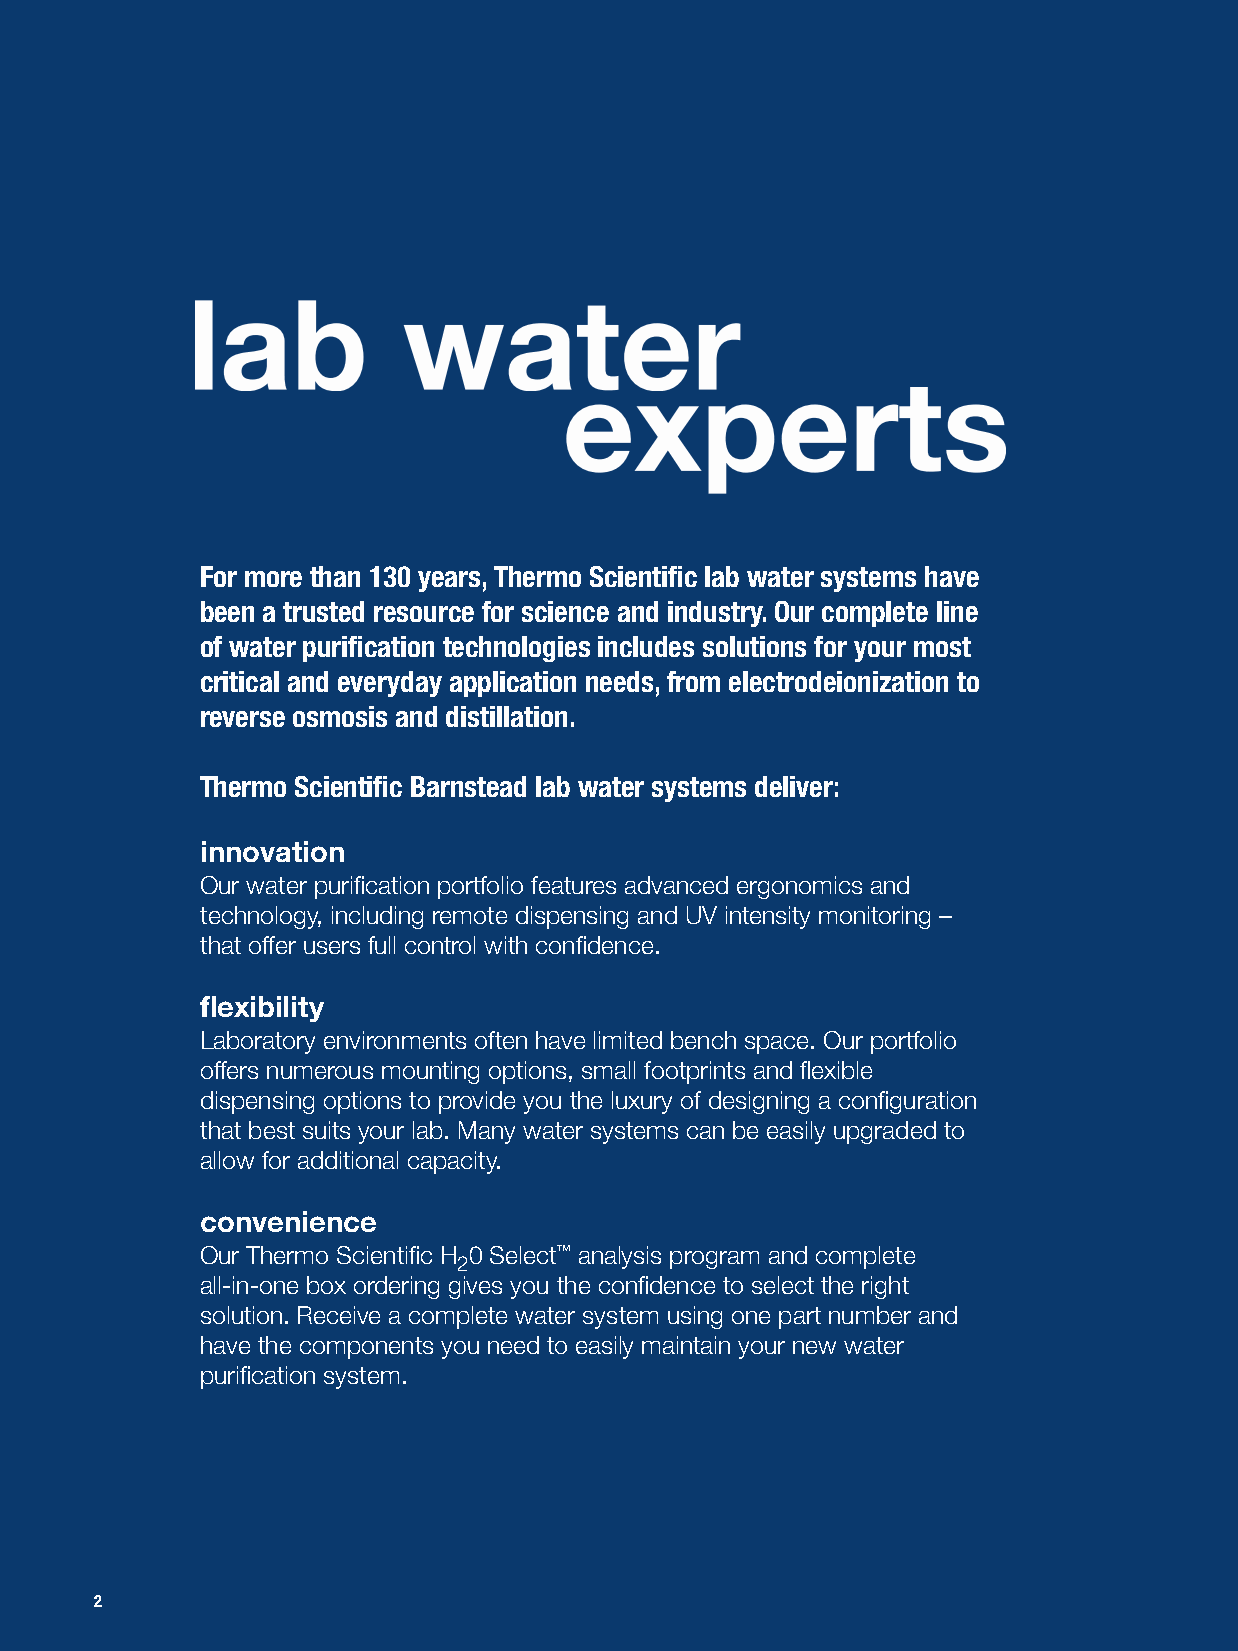
For more than 130 years, Thermo Scientific lab water systems have
 been a trusted resource for scien ce and industry. Our complete line
 of water purification technologies includes solutions for your most
 critical and everyday application needs, from electrodeionization to
 reverse osmosis and distillation.
 Thermo Scientific Barnstead lab water systems deliver:
 innovation
 Our water purification portfolio features advanced ergonomics and
 technology, including remote dispensing and UV intensity monitoring –
 that offer users full control with confidence.
 flexibility
 Laboratory environments often have limited bench space. Our portfolio
 offers numerous mounting options, small footprints and flexible
 dispensing options to provide you the luxury of designing a configuration
 that best suits your lab. Many water systems can be easily upgraded to
 allow for additional capacity.
 convenience
 Our Thermo Scientific H 0 Select™ analysis program and complete
 2
 all-in-one box ordering gives you the confidence to select the right
 solution. Receive a complete water system using one part number and
 have the components you need to easily maintain your new water
 purification system.
 2